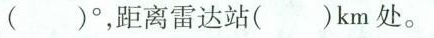
( )°，距离雷达站( )km处。